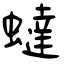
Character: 蟽